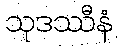
သုဒဿီနံ